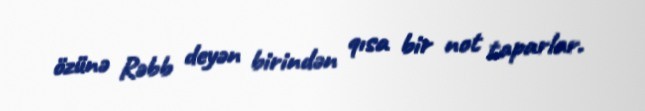
özünə Rəbb deyən birindən qısa bir not taparlar.